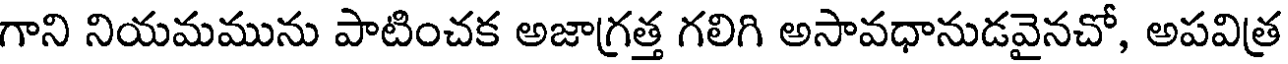
గాని నియమమును పాటించక అజాగ్రత్త గలిగి అసావధానుడవైనచో, అపవిత్ర